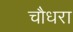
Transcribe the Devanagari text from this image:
चौधरा